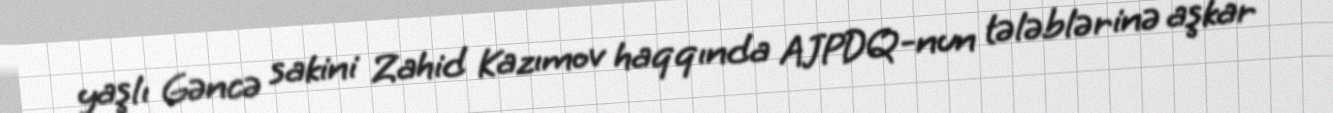
yaşlı Gəncə sakini Zahid Kazımov haqqında AJPDQ-nun tələblərinə aşkar